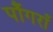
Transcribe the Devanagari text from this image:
पौंगराँ